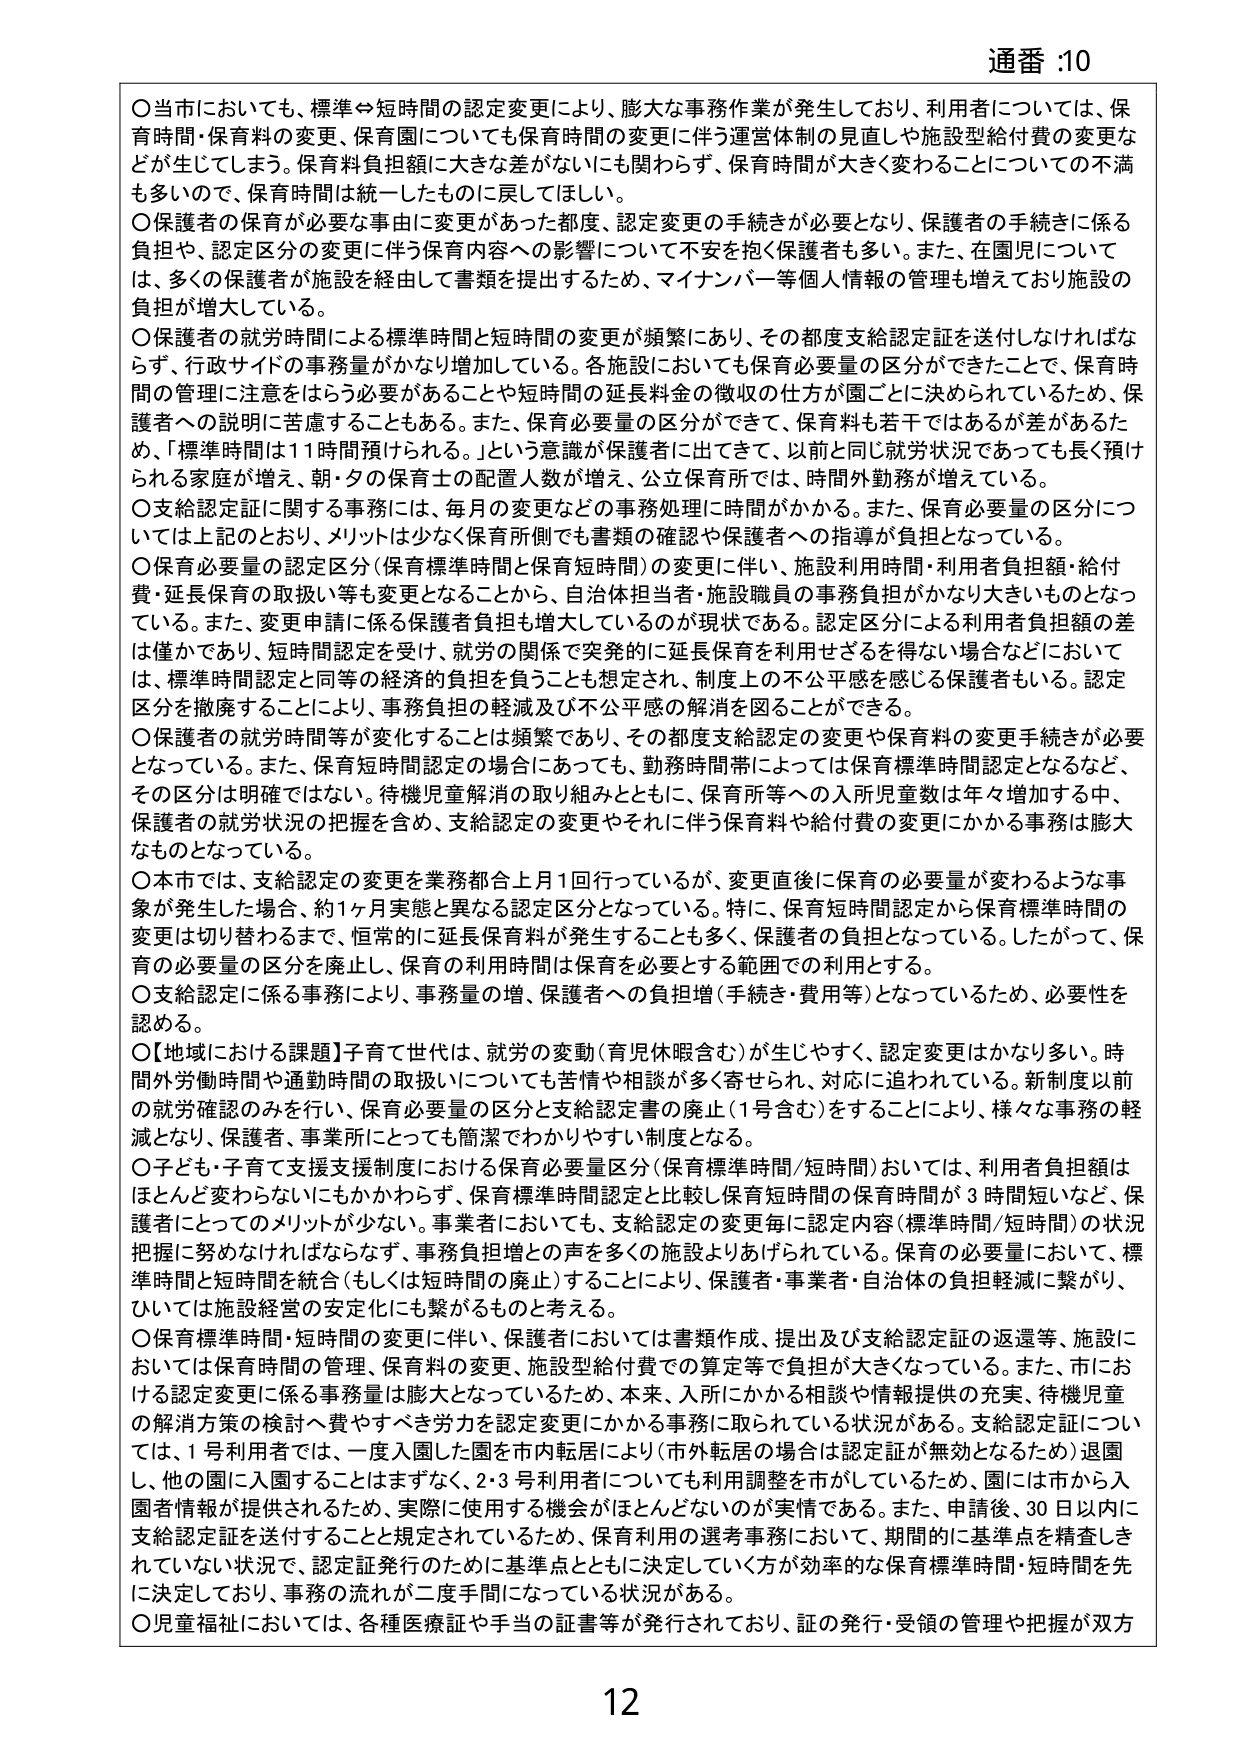
通番 :10

〇当市においても、標準⇔短時間の認定変更により、膨大な事務作業が発生しており、利用者については、保育時間・保育料の変更、保育園についても保育時間の変更に伴う運営体制の見直しや施設型給付費の変更などが生じてしまう。保育料負担額に大きな差がないにも関わらず、保育時間が大きく変わることについての不満も多いので、保育時間は統一したものに戻してほしい。

〇保護者の保育が必要な事由に変更があった都度、認定変更の手続きが必要となり、保護者の手続きに係る負担や、認定区分の変更に伴う保育内容への影響について不安を抱く保護者も多い。また、在園児については、多くの保護者が施設を経由して書類を提出するため、マイナンバー等個人情報の管理も増えており施設の負担が増大している。

〇保護者の就労時間による標準時間と短時間の変更が頻繁にあり、その都度支給認定証を送付しなければならず、行政サイドの事務量がかなり増加している。各施設においても保育必要量の区分ができたことで、保育時間の管理に注意をはらう必要があることや短時間の延長料金の徴収の仕方が園ごとに決められているため、保護者への説明に苦慮することもある。また、保育必要量の区分ができて、保育料も若干ではあるが差があるため、「標準時間は11時間預けられる。」という意識が保護者に出てきて、以前と同じ就労状況であっても長く預けられる家庭が増え、朝・夕の保育士の配置人数が増え、公立保育所では、時間外勤務が増えてている。

〇支給認定証に関する事務には、毎月の変更などの事務処理に時間がかかる。また、保育必要量の区分については上記のとおり、メリットは少なく保育所側でも書類の確認や保護者への指導が負担となっている。

〇保育必要量の認定区分（保育標準時間と保育短時間）の変更に伴い、施設利用時間・利用者負担額・給付費・延長保育の取扱い等も変更となることから、自治体担当者・施設職員の事務負担がかなり大きいものとなっている。また、変更申請に係る保護者負担も増大しているのが現状である。認定区分による利用者負担額の差は僅かであり、短時間認定を受け、就労の関係で突発的に延長保育を利用せざるを得ない場合などにおいては、標準時間認定と同等の経済的負担を負うことも想定され、制度上の不公平感を感じる保護者もいる。認定区分を撤廃することにより、事務負担の軽減及び不公平感の解消を図ることができる。

〇保護者の就労時間等が変化することは頻繁であり、その都度支給認定の変更や保育料の変更手続きが必要となっている。また、保育短時間認定の場合にあっても、勤務時間帯によっては保育標準時間認定となるなど、その区分は明確ではない。待機児童解消の取り組みとともに、保育所等への入所児童数は年々増加する中、保護者の就労状況の把握を含め、支給認定の変更やそれに伴う保育料や給付費の変更にかかる事務は膨大なものとなっている。

〇本市では、支給認定の変更を業務都合上月1回行っているが、変更直後に保育の必要量が変わるような事象が発生した場合、約1ヶ月実態と異なる認定区分となっている。特に、保育短時間認定から保育標準時間の変更は切り替わるまで、恒常的に延長保育料が発生することも多く、保護者の負担となっている。したがって、保育の必要量の区分を廃止し、保育の利用時間は保育を必要とする範囲での利用とする。

〇支給認定に係る事務により、事務量の増、保護者への負担増（手続き・費用等）となっているため、必要性を認める。

〇【地域における課題】子育て世代は、就労の変動（育児休暇含む）が生じやすく、認定変更はかなり多い。時間外勤務時間や通勤時間の取扱いについても苦情や相談が多く寄せられ、対応に追われている。新制度以前の就労確認のみを行い、保育必要量の区分と支給認定書の廃止（1号含む）をすることにより、様々な事務の軽減となり、保護者、事業所にとっても簡潔でわかりやすい制度となる。

〇子ども・子育て支援支援制度における保育必要量区分（保育標準時間/短時間）おいては、利用者負担額はほとんど変わらないにもかかわらず、保育標準時間認定と比較し保育短時間の保育時間が3時間短いなど、保護者にとってのメリットが少ない。事業者においても、支給認定の変更毎に認定内容（標準時間/短時間）の状況把握に努めなければならないず、事務負担増との声を多くの施設よりあげられている。保育の必要量において、標準時間と短時間を統合（もしくは短時間の廃止）することにより、保護者・事業者・自治体の負担軽減に繋がり、ひいては施設経営の安定化にも繋がるものと考える。

〇保育標準時間・短時間の変更に伴い、保護者においては書類作成、提出及び支給認定証の返還等、施設においては保育時間の管理、保育料の変更、施設型給付費での算定等で負担が大きくなっている。また、市における認定変更に係る事務量は膨大となっているため、本来、入所にかかる相談や情報提供の充実、待機児童の解消方策の検討へ費やすべき労力を認定変更にかかる事務に取られている状況がある。支給認定証については、1号利用者では、一度入園した園を市内転居により（市外転居の場合は認定証が無効となるため）退園し、他の園に入園することはまずなく、2・3号利用者についても利用調整を市がしているため、園には市から入園者情報が提供されるため、実際に使用する機会がほとんどないのが実情である。また、申請後、30日以内に支給認定証を送付することと規定されているため、保育利用の選考事務において、期間的に基準点を精査されていない状況、認定証発行のために基準点とともに決定していく方が効率的な保育標準時間・短時間を先に決定しており、事務の流れが二度手間になっている状況がある。

〇児童福祉においては、各種医療証や手当の証書等が発行されており、証の発行・受領の管理や把握が双方

12